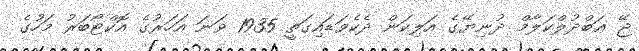
ޖޭ ޢަބްދުލްކަލާމް ދުނިޔޭގެ އަލިކަން ދެކެވަޑައިގަތީ 1935 ވަނަ އަހަރުގެ އޮކްޓޯބަރު މަހުގެ